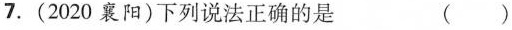
7.(2020襄阳)下列说法正确的是 ( )